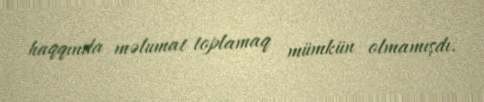
haqqında məlumat toplamaq mümkün olmamışdı.